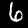
Label: 6